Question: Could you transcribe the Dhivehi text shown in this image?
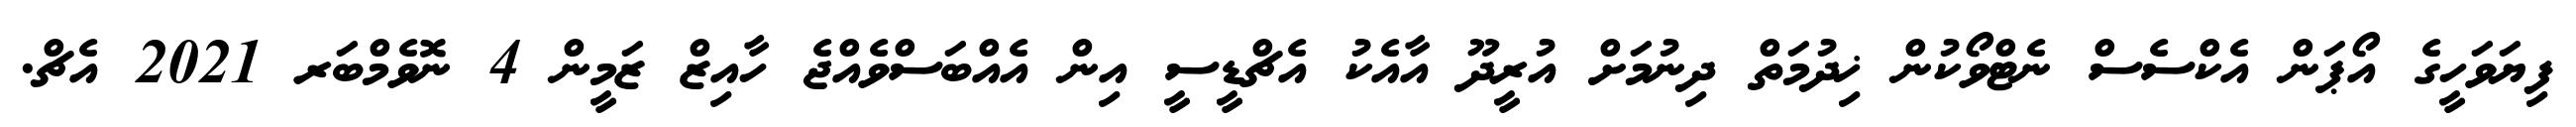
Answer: ފިޔަވަހީގެ އޯޕަން އެކްސެސް ނެޓްވޯކުން ޚިދުމަތް ދިނުމަށް އުރީދޫ އާއެކު އެޗްޑީސީ އިން އެއްބަސްވެއްޖެ ހާއިޒް ޒަމީން 4 ނޮވެމްބަރ 2021 އެޗް.